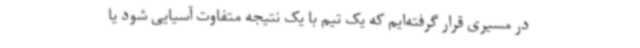
در مسیری قرار گرفته‌ایم که یک تیم با یک نتیجه متفاوت آسیایی شود یا